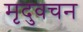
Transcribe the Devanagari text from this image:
मृदुवचन